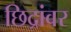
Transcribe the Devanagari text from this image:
छिद्रांवर